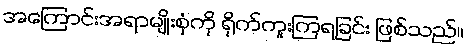
အကြောင်းအရာမျိုးစုံကို ရိုက်ကူးကြရခြင်း ဖြစ်သည်။